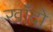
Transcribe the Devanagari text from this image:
खाँदो